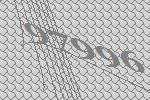
97996